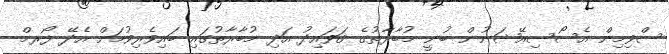
ސްވިމިން އެސޯސިއޭޝަނުން ބުނީ މުބާރާތުގެ ޤަވައިދު އަދި މުބާރާތުގައި ބައިވެރިވުމަށް އެދޭ ފޯރމް